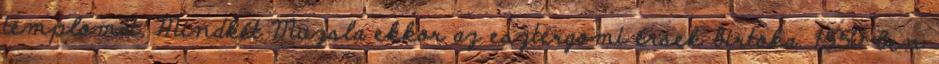
templomát. Mindkét Muzsla ekkor az esztergomi érsek birtoka. 1550-ben